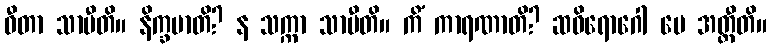
ဓီတာ သာမီတိ။ နိက္ခမာတိ? န သက္ကာ သာမီတိ။ ကိံ ကာရဏာတိ? ဆဝိရောဂေါ မေ အတ္ထီတိ။